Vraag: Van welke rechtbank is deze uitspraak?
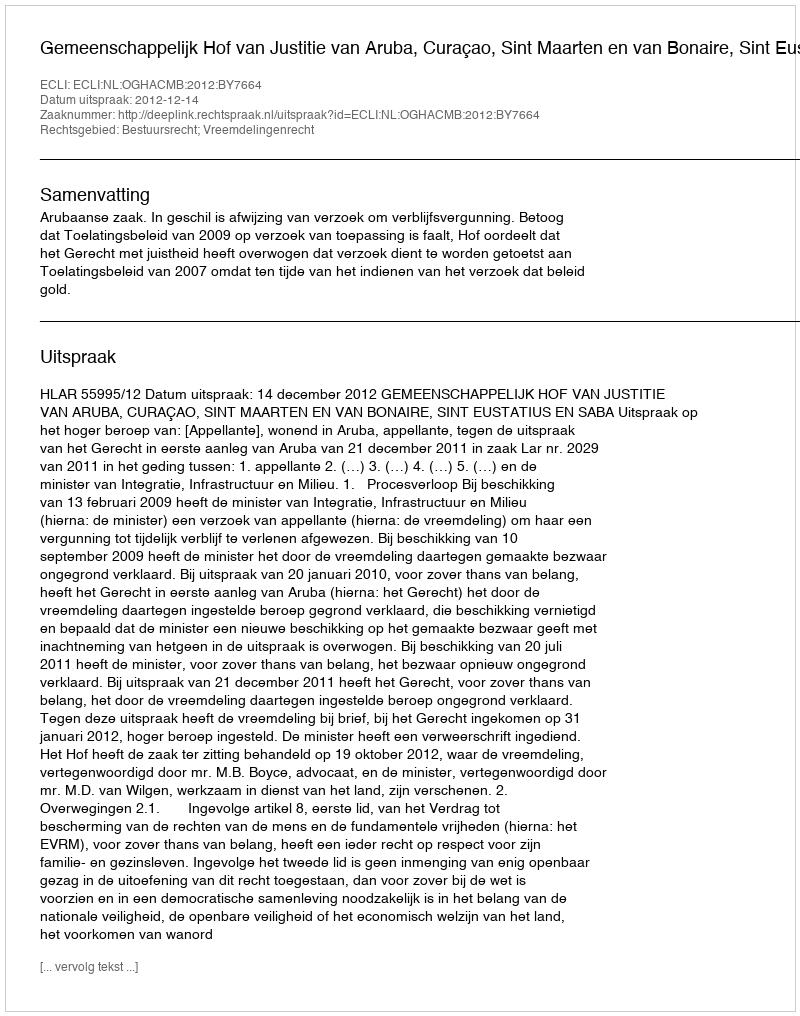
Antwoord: Gemeenschappelijk Hof van Justitie van Aruba, Curaçao, Sint Maarten en van Bonaire, Sint Eustatius en Saba